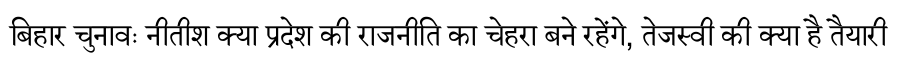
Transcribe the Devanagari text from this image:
बिहार चुनावः नीतीश क्या प्रदेश की राजनीति का चेहरा बने रहेंगे, तेजस्वी की क्या है तैयारी